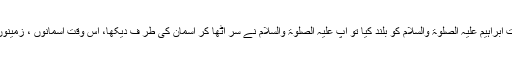
جب لوگوں نے عمارت کے کنارے تک حضرت ابراہیم عَلَیْہِ الصَّلٰوۃُ وَالسَّلَام کو بلند کیا تو آپ عَلَیْہِ الصَّلٰوۃُ وَالسَّلَام نے سر اٹھا کر آسمان کی طر ف دیکھا، اس وقت آسمانوں ، زمینوں ، پہاڑوں اور فرشتوں نے فریاد کی: ’’اے اللہ!